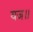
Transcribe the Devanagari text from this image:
यज॥